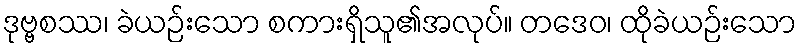
ဒုဗ္ဗစဿ၊ ခဲယဉ်းသော စကားရှိသူ၏အလုပ်။ တဒေဝ၊ ထိုခဲယဉ်းသော